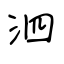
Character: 泗